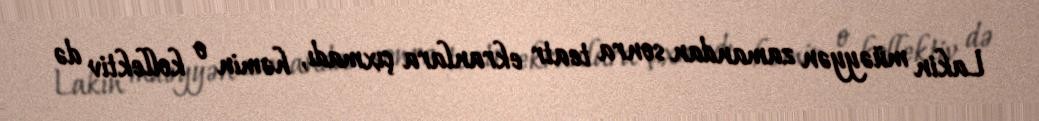
Lakin müəyyən zamandan sonra teatr ekranlara çıxmadı, həmin o kollektiv də